Vaccination in Burma 1889-1999 - 1889-1999
Year: 1889
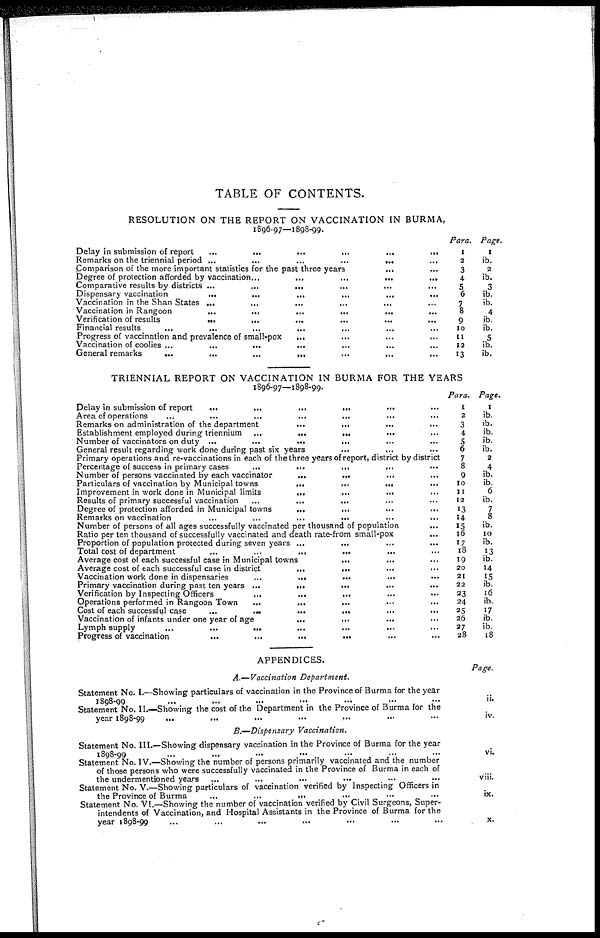
TABLE OF CONTENTS.
RESOLUTION ON THE REPORT ON VACCINATION IN BURMA,
1896-97—1898-99.
Delay in submission of report
...
...
...
...
...
...
Remarks on the triennial period
...
...
...
...
...
...
Comparison of the more important statistics for the past three years
...
...
Degree of protection afforded by vaccination
...
...
...
...
...
Comparative results by districts ... ... ... ... ... ...
Dispensary vaccination
...
...
...
...
...
...
Vaccination in the Shan States
...
...
...
...
...
...
Vaccination in Rangoon
...
...
...
...
...
...
Verification of results
...
...
...
...
...
...
Financial results
...
...
...
...
...
...
Progress of vaccination and prevalence of small-pox ... ... ... ...
Vaccination of coolies
...
...
...
...
...
...
...
General remarks
...
...
...
...
...
...
...
Para.
1
2
3
4
5
6
7
8
9
10
11
12
13
Page.
1
ib.
2
ib.
3
ib.
ib.
4
ib.
ib.
5
ib.
ib.
TRIENNIAL REPORT ON VACCINATION IN BURMA FOR THE YEARS
1896-97—1898-99.
Delay in submission of report
...
...
...
...
...
...
Area of operations
...
...
...
...
...
...
...
Remarks on administration of the department
...
...
...
...
Establishment employed during triennium
...
...
...
...
...
Number of vaccinators on duty
...
...
...
...
...
...
General result regarding work done during past six years
...
...
...
Primary operations and re-vaccinations in each of the three years of report, district by district
Percentage of success in primary cases ... ... ... ...
Number of persons vaccinated by each vaccinator ... ... ... ... ...
Particulars of vaccination by Municipal towns
...
...
...
...
...
...
Improvement in work done in Municipal limits
...
...
...
...
...
Results of primary successful vaccination
...
...
...
...
...
Degree of protection afforded in Municipal towns ... ... ... ...
Remarks on vaccination
...
...
...
...
...
...
Number of persons of all ages successfully vaccinated per thousand of population
...
Ratio per ten thousand of successfully vaccinated and death rate-from small-pox ...
Proportion of population protected during seven years
...
...
...
...
Total cost of department
...
...
...
...
...
...
Average cost of each successful case in Municipal towns ... ... ...
Average cost of each successful case in district
...
...
...
...
Vaccination work done in dispensaries
...
...
...
...
...
Primary vaccination during past ten years
...
...
...
...
...
Verification by Inspecting Officers
...
...
...
...
...
...
Operations performed in Rangoon Town
...
...
...
...
...
Cost of each successful case
...
...
...
...
...
...
Vaccination of infants under one year of age
...
...
...
...
Lymph supply ... ... ... ... ... ... ...
Progress of vaccination
...
...
...
...
...
...
Para.
1
2
3
4
5
6
7
8
9
10
11
12
13
14
15
16
17 18
19
20
21
22
23
24
25
26
27
28
Page.
1
ib.
ib.
ib.
ib.
ib.
2
4
ib.
ib.
6
ib.
7
8
ib.
10
ib.
13
ib.
14
15
ib.
16
ib.
17
ib.
ib.
18
APPENDICES.
A.—Vaccination Department.
Statement No. I.—Showing particulars of vaccination in the Province of Burma for the year
1898-99
...
...
...
...
...
...
...
Statement No. II.—Showing the cost of the Department in the Province of Burma for the
year 1898-99 ... ... ... ... ... ... ...
B.— Dispensary Vaccination.
Statement No. III.—Showing dispensary vaccination in the Province of Burma for the year
1898-99 ... ... ... ... ... ... ...
Statement No. IV.—Showing the number of persons primarily vaccinated and the number
of those persons who were successfully vaccinated in the Province of Burma in each of
the undermentioned years
...
...
...
...
...
...
Statement No. V.—Showing particulars of vaccination verified by Inspecting Officers in
the Province of Burma
...
...
...
...
...
...
Statement No. VI.—Showing the number of vaccination verified by Civil Surgeons, Super-
intendents of Vaccination, and Hospital Assistants in the Province of Burma for the
year 1898-99 ... ... ... ... ... ... ...
Page.
ii.
iv.
vi.
viii.
ix.
x.